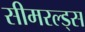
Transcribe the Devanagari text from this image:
सीमरल्ड्स